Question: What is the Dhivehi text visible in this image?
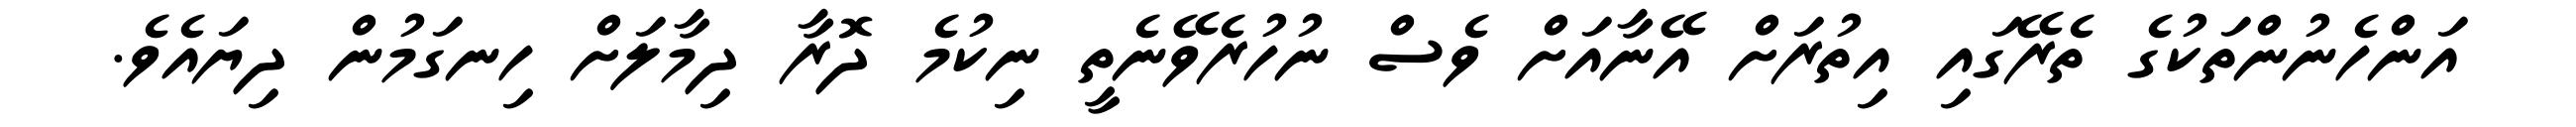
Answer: އަންހެނުންތަކުގެ ތެރޭގައި އިތުރަށް އޭނާއަށް ވެސް ނުހުރެވޭނެތީ ނިކުމެ ދޮރާ ދިމާލަށް ހިނގަމުން ދިޔައެވެ.